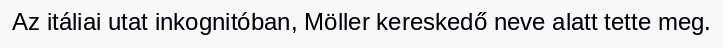
Az itáliai utat inkognitóban, Möller kereskedő neve alatt tette meg.